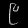
Digit: ၉